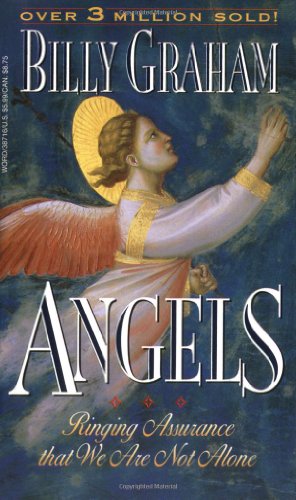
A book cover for Angels; Billy Graham; Christian Books & Bibles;